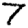
Digit: 7